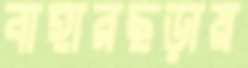
বাহারছড়ায়